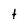
Character: t